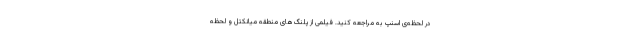
در لحظه‌ی اسنپ به مراجعه کنید. فیلمی از پلنگ‌های منطقه میانکتل و لحظه